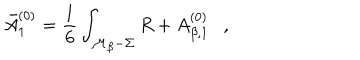
\bar { A } _ { 1 } ^ { ( 0 ) } = \frac 1 6 \int _ { { \cal M } _ { \beta } - \Sigma } R + A _ { \beta , 1 } ^ { ( 0 ) } ,